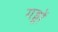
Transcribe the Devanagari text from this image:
गड्डों